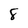
Character: 8